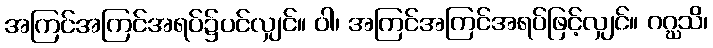
အကြင်အကြင်အရပ်၌ပင်လျှင်။ ဝါ၊ အကြင်အကြင်အရပ်ဖြင့်လျှင်။ ဂဂ္ဃသိ၊